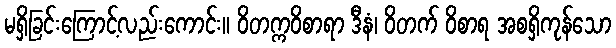
မရှိခြင်းကြောင့်လည်းကောင်း။ ဝိတက္ကဝိစာရာ ဒီနံ၊ ဝိတက် ဝိစာရ အစရှိကုန်သော